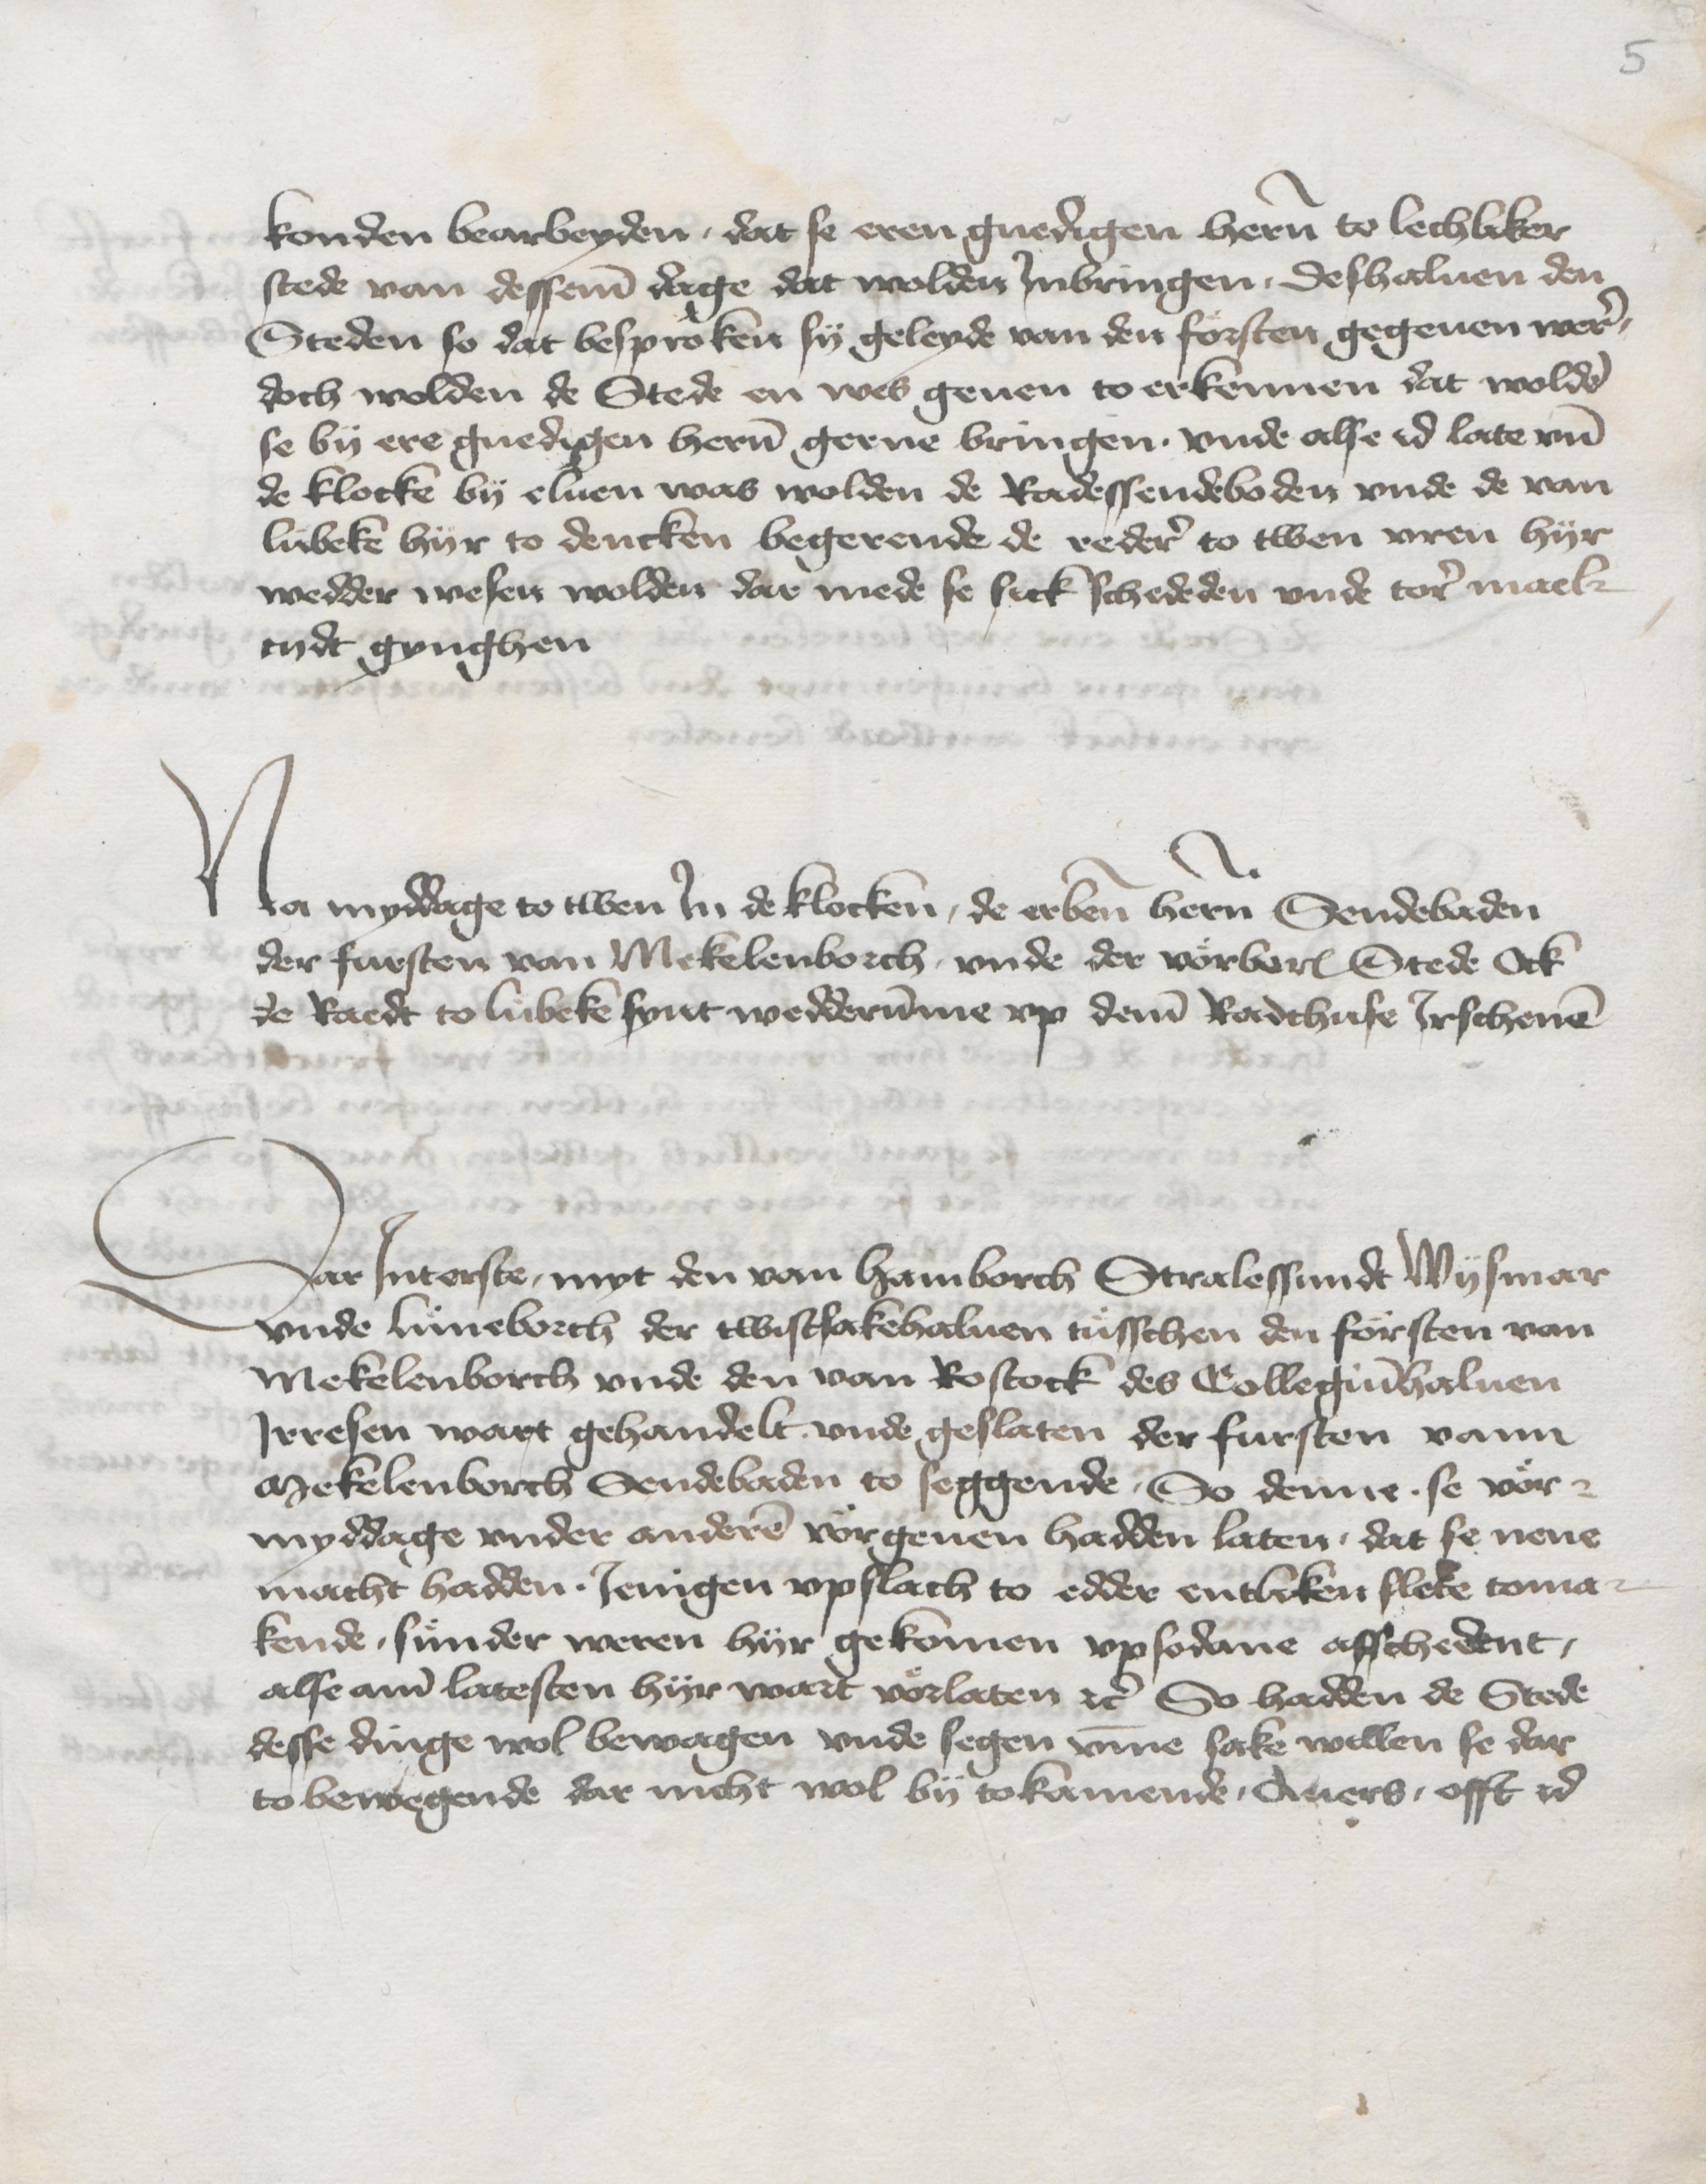
5

konden bearbeyden, dat se eren gnedigen heren to lechliker
stede van desseme dage dat wolden Jnbringen . deshaluen den
Steden so dat besproken sy geleyde van den forsten gegeuen wer,
doch wolden de Stede en wes geuen to erkennen dat wolden
se by ere gnedigen heren gerne bringen . vnde alse id late vnd
de klocke by eluen was wolden de Radessendeboden vnde de van
Lubeke hyr to dencken begerende de reder to twen vren hyr
wedder wesen wolden dar mede se sick schededen vnde tor mael¬
tydt gynghen.

Na myddage to twen Jn de klocken, de erbenomden heren Sendebaden
der fursten van Mekelenborch, vnde der vorberordem Stede Ock
de Raedt to Lubeke synt wedderumme vp deme Radthuse Jrschenen.

Dar Jnterste, myt den van Hamborch Stralessundt Wysmar
vnde Luneborch der twistsakehaluen tusschen den forsten van
Mekelenborch vnde den von Rostock des Collegiumhaluen
Jrresen wart gehandelt vnde geslaten der fursten vann
Mekelenborch Sendebaden to seggende . So denne . se vor¬
myddage vnder anderen vorgeuen hadden laten, dat se nene
macht hadden . Jenigen vpslach to edder entliken flete toma¬
kende, sunder weren hyr gekomen vpsodane affschedent,
alse ame latesten hyr wart voerlaten etcetera So hadden de Stede
desse dinge wol bewagen vnde segen vmme sake willen se dar
to bewegende dar nicht wol by tokamende, Auers, offt id